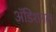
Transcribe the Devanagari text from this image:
अॅडिशनल